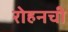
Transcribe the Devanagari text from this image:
रोहनची